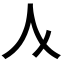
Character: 𠆥